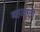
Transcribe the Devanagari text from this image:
बहलाती